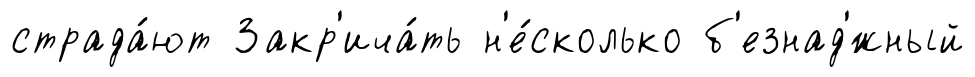
страда́ют Закр'ича́ть н'е́сколько б'езнад'́жный